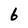
Character: 6